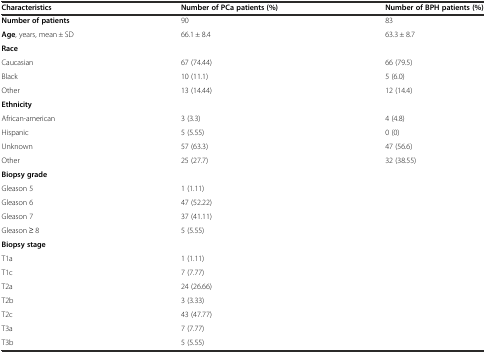
<table><thead><tr><td><b>Characteristics</b></td><td><b>Number of PCa patients (%)</b></td><td><b>Number of BPH patients (%)</b></td></tr></thead><tbody><tr><td><b>Number of patients</b></td><td>90</td><td>83</td></tr><tr><td><b>Age</b>, years, mean ± SD</td><td>66.1 ± 8.4</td><td>63.3 ± 8.7</td></tr><tr><td><b>Race</b></td><td></td><td></td></tr><tr><td>Caucasian</td><td>67 (74.44)</td><td>66 (79.5)</td></tr><tr><td>Black</td><td>10 (11.1)</td><td>5 (6.0)</td></tr><tr><td>Other</td><td>13 (14.44)</td><td>12 (14.4)</td></tr><tr><td><b>Ethnicity</b></td><td></td><td></td></tr><tr><td>African-american</td><td>3 (3.3)</td><td>4 (4.8)</td></tr><tr><td>Hispanic</td><td>5 (5.55)</td><td>0 (0)</td></tr><tr><td>Unknown</td><td>57 (63.3)</td><td>47 (56.6)</td></tr><tr><td>Other</td><td>25 (27.7)</td><td>32 (38.55)</td></tr><tr><td><b>Biopsy grade</b></td><td></td><td></td></tr><tr><td>Gleason 5</td><td>1 (1.11)</td><td></td></tr><tr><td>Gleason 6</td><td>47 (52.22)</td><td></td></tr><tr><td>Gleason 7</td><td>37 (41.11)</td><td></td></tr><tr><td>Gleason ≥ 8</td><td>5 (5.55)</td><td></td></tr><tr><td><b>Biopsy stage</b></td><td></td><td></td></tr><tr><td>T1a</td><td>1 (1.11)</td><td></td></tr><tr><td>T1c</td><td>7 (7.77)</td><td></td></tr><tr><td>T2a</td><td>24 (26.66)</td><td></td></tr><tr><td>T2b</td><td>3 (3.33)</td><td></td></tr><tr><td>T2c</td><td>43 (47.77)</td><td></td></tr><tr><td>T3a</td><td>7 (7.77)</td><td></td></tr><tr><td>T3b</td><td>5 (5.55)</td><td></td></tr></tbody></table>